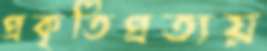
প্রকৃতিপ্রত্যয়